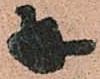
并